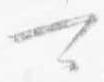
可